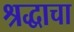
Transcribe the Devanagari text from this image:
श्रद्धाचा